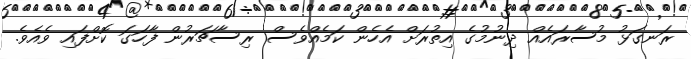
ރަނގަޅު މުސާރައެއް ދިނުމުގެ އިތުރަށް އެހެން ކަމެއްވެސް ރިސާޗަރުން ފާހަގަ ކޮށްފައި ވެއެވެ.